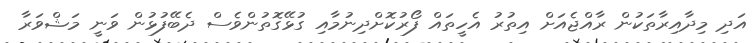
އަދި މިދާއިރާތަކުން ރާއްޖެއަށް އިތުރު އެހީތައް ފޯރުކޮށްދިނުމާއި ގުޅޭގޮތުންވެސް ދެބޭފުޅުން ވަނީ މަޝްވަރާ